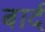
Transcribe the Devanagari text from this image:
बार्द